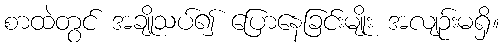
စာထဲတွင် အချိုသပ်၍ ပြောနေခြင်းမျိုး အလျဉ်းမရှိ။